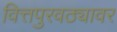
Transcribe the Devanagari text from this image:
वित्तपुरवठ्यावर